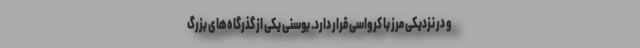
و در نزدیکی مرز با کرواسی قرار دارد. بوسنی یکی از گذرگاه‌های بزرگ